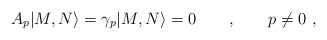
\begin{align*}A_{p}|M,N\rangle=\gamma_{p}|M,N\rangle=0 \qquad , \qquad p\neq 0 \ ,\end{align*}